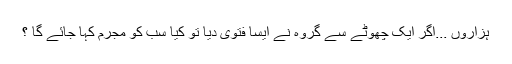
ہزاروں ...اگر ایک چھوٹے سے گروہ نے ایسا فتوی دیا تو کیا سب کو مجرم کہا جائے گا ؟